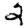
Digit: 2